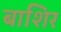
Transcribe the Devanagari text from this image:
बाशिर